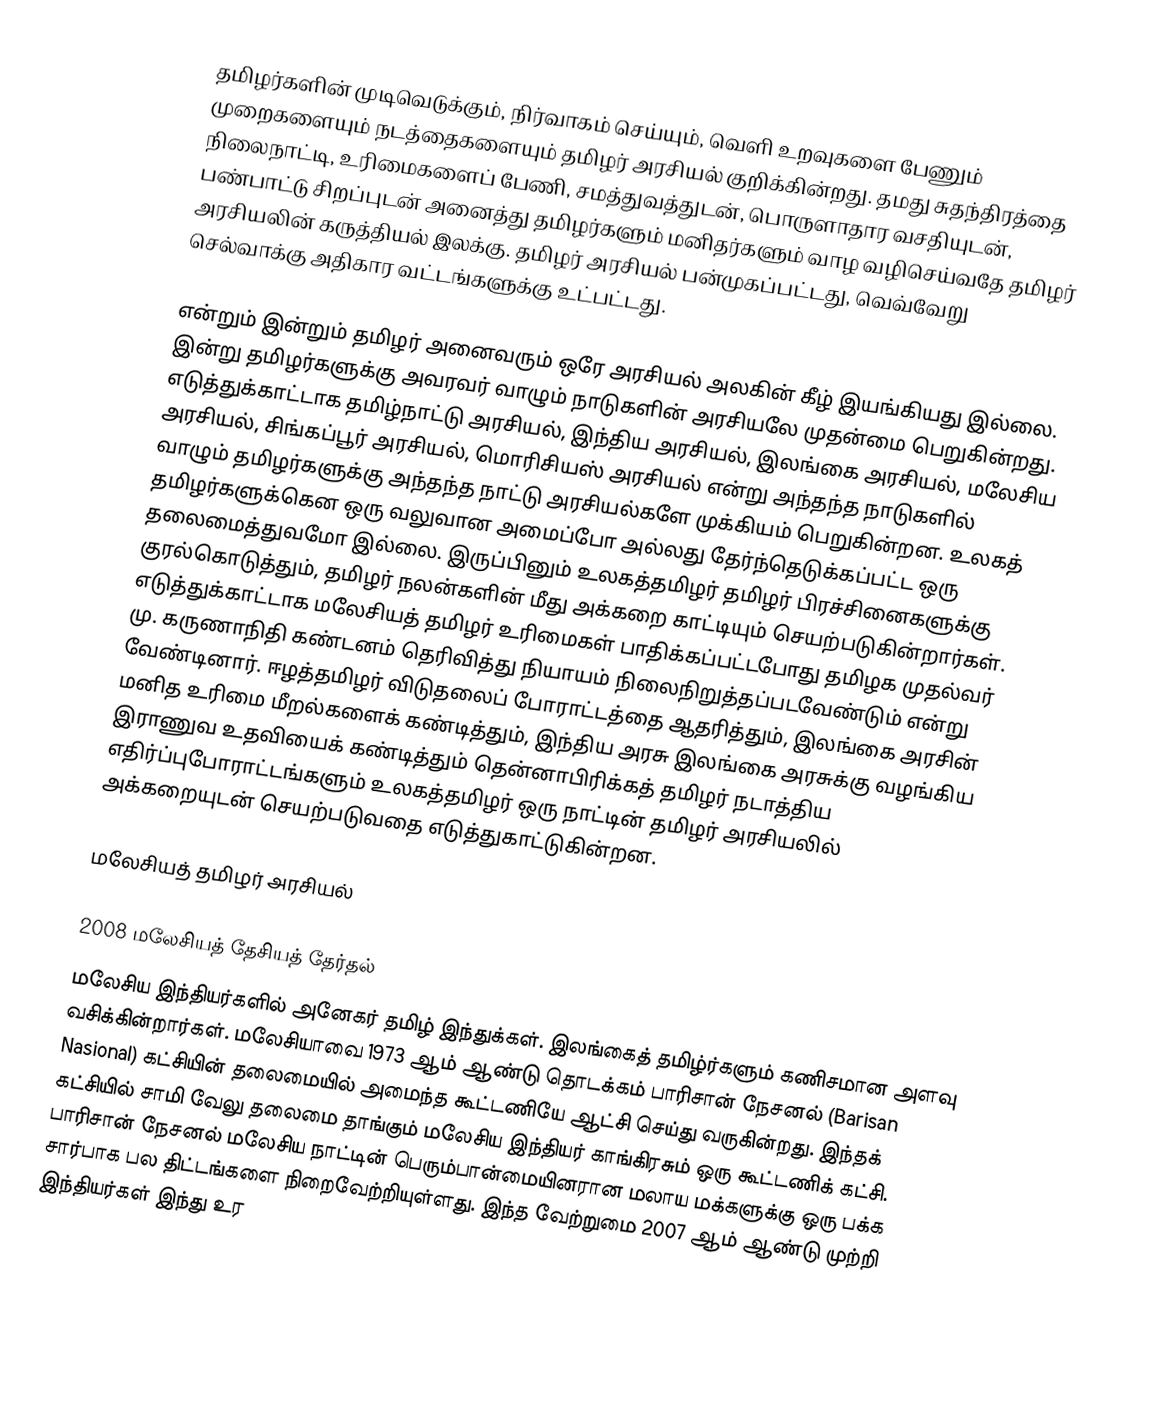
தமிழர்களின் முடிவெடுக்கும், நிர்வாகம் செய்யும், வெளி உறவுகளை பேணும் முறைகளையும் நடத்தைகளையும் தமிழர் அரசியல் குறிக்கின்றது.  தமது சுதந்திரத்தை நிலைநாட்டி, உரிமைகளைப் பேணி, சமத்துவத்துடன், பொருளாதார வசதியுடன், பண்பாட்டு சிறப்புடன் அனைத்து தமிழர்களும் மனிதர்களும் வாழ வழிசெய்வதே தமிழர் அரசியலின் கருத்தியல் இலக்கு.  தமிழர் அரசியல் பன்முகப்பட்டது, வெவ்வேறு செல்வாக்கு அதிகார வட்டங்களுக்கு உட்பட்டது.

என்றும் இன்றும் தமிழர் அனைவரும் ஒரே அரசியல் அலகின் கீழ் இயங்கியது இல்லை.  இன்று தமிழர்களுக்கு அவரவர் வாழும் நாடுகளின் அரசியலே முதன்மை பெறுகின்றது.  எடுத்துக்காட்டாக தமிழ்நாட்டு அரசியல், இந்திய அரசியல், இலங்கை அரசியல், மலேசிய அரசியல், சிங்கப்பூர் அரசியல், மொரிசியஸ் அரசியல் என்று அந்தந்த நாடுகளில் வாழும் தமிழர்களுக்கு அந்தந்த நாட்டு அரசியல்களே முக்கியம் பெறுகின்றன.  உலகத் தமிழர்களுக்கென ஒரு வலுவான அமைப்போ அல்லது தேர்ந்தெடுக்கப்பட்ட ஒரு தலைமைத்துவமோ இல்லை.  இருப்பினும் உலகத்தமிழர் தமிழர் பிரச்சினைகளுக்கு குரல்கொடுத்தும், தமிழர் நலன்களின் மீது அக்கறை காட்டியும் செயற்படுகின்றார்கள்.  எடுத்துக்காட்டாக மலேசியத் தமிழர் உரிமைகள் பாதிக்கப்பட்டபோது தமிழக முதல்வர் மு. கருணாநிதி கண்டனம் தெரிவித்து நியாயம் நிலைநிறுத்தப்படவேண்டும் என்று வேண்டினார்.  ஈழத்தமிழர் விடுதலைப் போராட்டத்தை ஆதரித்தும், இலங்கை அரசின் மனித உரிமை மீறல்களைக் கண்டித்தும், இந்திய அரசு இலங்கை அரசுக்கு வழங்கிய இராணுவ உதவியைக் கண்டித்தும் தென்னாபிரிக்கத் தமிழர் நடாத்திய எதிர்ப்புபோராட்டங்களும் உலகத்தமிழர் ஒரு நாட்டின் தமிழர் அரசியலில் அக்கறையுடன் செயற்படுவதை எடுத்துகாட்டுகின்றன.

மலேசியத் தமிழர் அரசியல்

2008 மலேசியத் தேசியத் தேர்தல்
மலேசிய இந்தியர்களில் அனேகர் தமிழ் இந்துக்கள்.  இலங்கைத் தமிழ்ர்களும் கணிசமான அளவு வசிக்கின்றார்கள்.  மலேசியாவை 1973 ஆம் ஆண்டு தொடக்கம் பாரிசான் நேசனல் (Barisan Nasional) கட்சியின் தலைமையில் அமைந்த கூட்டணியே ஆட்சி செய்து வருகின்றது.  இந்தக் கட்சியில் சாமி வேலு தலைமை தாங்கும் மலேசிய இந்தியர் காங்கிரசும் ஒரு கூட்டணிக் கட்சி.  பாரிசான் நேசனல் மலேசிய நாட்டின் பெரும்பான்மையினரான மலாய மக்களுக்கு ஒரு பக்க சார்பாக பல திட்டங்களை நிறைவேற்றியுள்ளது.  இந்த வேற்றுமை 2007 ஆம் ஆண்டு முற்றி இந்தியர்கள் இந்து உர